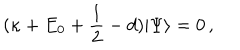
( \kappa + E _ { 0 } + \frac { 1 } { 2 } - d ) | \Psi \rangle = 0 \, ,